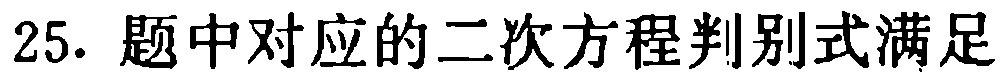
25. 题中对应的二次方程判别式满足